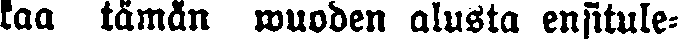
kaa tämän wuoden alusta ensitule-